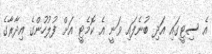
އެ ސިޓީގައި އަދި ބުނެފައި ވަނީ އެ ކޮމެޓީ އަށް ފުލުހުންގެ އިދާރާގެ